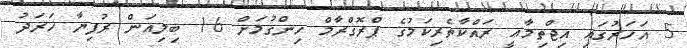
5 އަހަރުގައި އިޖްތިމާޢީ ރައްކާތެރިކަމުގެ ޕްރޮގްރާމް ހިންގުމަށް 16 ބިލިއަން ރުފިޔާ ޚަރަދު